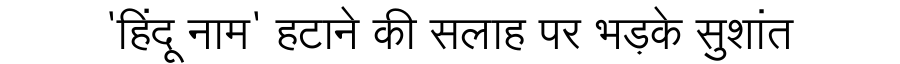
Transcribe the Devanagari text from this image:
'हिंदू नाम' हटाने की सलाह पर भड़के सुशांत